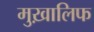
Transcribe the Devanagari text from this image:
मुख़ालिफ